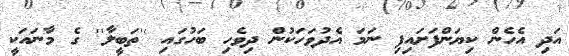
އަދި އެހެން ކިޔަންފަށައިފި ނަމަ އެދުވަހަކުން ދިވެހި ބަހުގައި ''ތަބީލާ'' ގެ މާނައަކީ